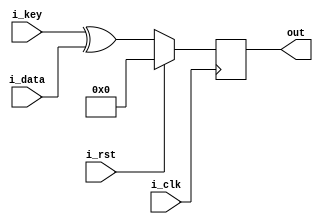
module addRoundKey(i_clk,i_rst,i_data, out, i_key);
input i_clk,i_rst;
input [127:0] i_data;
input [127:0] i_key;
output reg [127:0] out;

always @(posedge i_clk)
begin
	if(i_rst)
	out <= 128'd0;
	
	else
	out = i_key ^ i_data;
end

endmodule